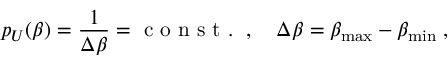
{ p } _ { U } ( \beta ) = \frac { 1 } { \Delta \beta } = \mathrm { ~ c ~ o ~ n ~ s ~ t ~ . ~ } \; , \quad \Delta \beta = \beta _ { \mathrm { m a x } } - \beta _ { \mathrm { m i n } } \; ,